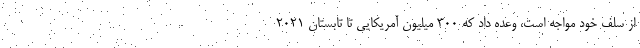
از سلف خود مواجه است، وعده داد که ۳۰۰ میلیون آمریکایی تا تابستان ۲۰۲۱